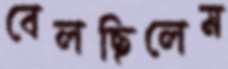
বেলছিলেম